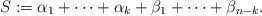
\begin{align*} S := \alpha_1+\cdots+\alpha_k+\beta_1+\cdots+\beta_{n-k}. \end{align*}